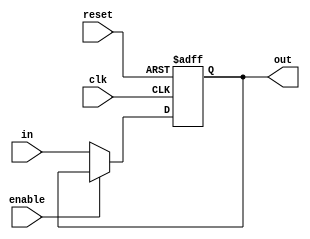
/*
* Module: Program Counter
* Description: Unit updated at the rising edge of the clock. Contains the address of the instruction to execute. 
*/
module PC(
/************************ Input Ports ************************/
input wire [31:0] in,
input wire reset,clk,enable,

/************************ Output Ports ************************/
output reg [31:0] out
);

/************************ Code Start ************************/
always @ (posedge clk or negedge reset)begin

// if(!reset) out <= 32'd0; //check if reset signal is active low
// else if(enable) out <= in; //check if enable signal is active high
// else out <= 32'd0; //PC is not enabled

if(!reset) out <= 32'd0;
else if(!enable) out <= in;


end

endmodule